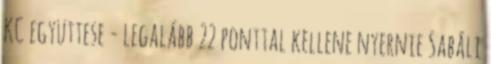
KC együttese - legalább 22 ponttal kellene nyernie Sabáli